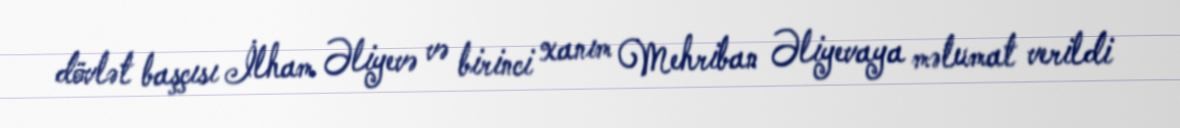
dövlət başçısı İlham Əliyevə və birinci xanım Mehriban Əliyevaya məlumat verildi